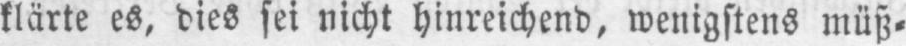
klärte es, dies sei nicht hinreichend, wenigstens müß⸗